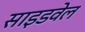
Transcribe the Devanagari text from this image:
साइडवेल